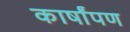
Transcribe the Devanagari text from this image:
कार्षांपण